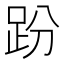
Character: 𧿚